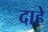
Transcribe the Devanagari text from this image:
दाहे